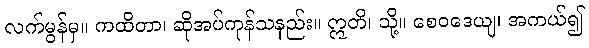
လက်မွန်မှ။ ကထိတာ၊ ဆိုအပ်ကုန်သနည်း။ ဣတိ၊ သို့။ စေဝဒေယျ၊ အကယ်၍